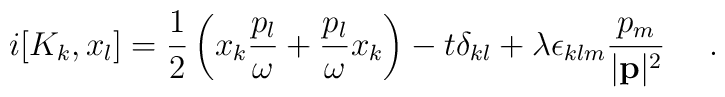
i[K_{k},x_{l}] = \frac{1}{2}\left( x_{k}\frac{p_{l}}{\omega}+ \frac{p_{l}}{\omega}x_{k} \right) - t\delta _{kl} +\lambda \epsilon _{klm}\frac{p_m}{|{\bf p }|^2}~~~~.